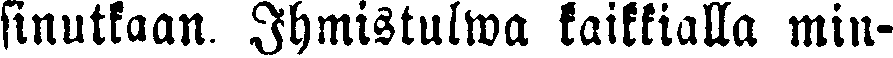
sinutkaan. Ihmistulwa kaikkialla min-